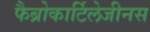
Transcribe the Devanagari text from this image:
फैब्रोकार्टिलेजीनस